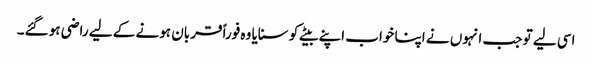
اسی لیے تو جب انہوں نے اپنا خواب اپنے بیٹے کو سنایا وہ فوراً قربان ہونے کے لیے راضی ہو گئے۔